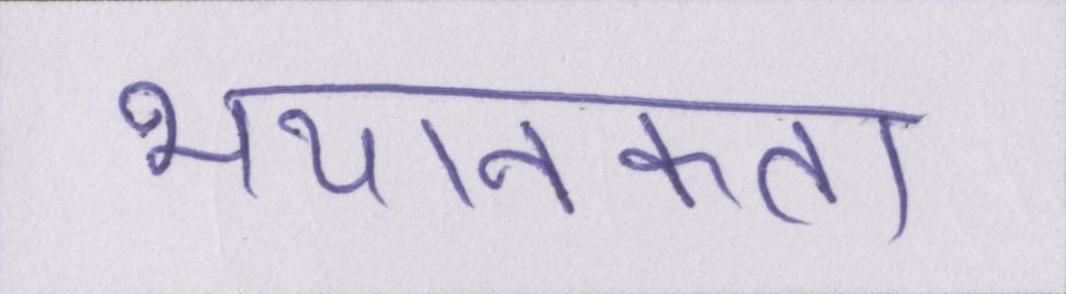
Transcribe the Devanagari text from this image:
भयानकता